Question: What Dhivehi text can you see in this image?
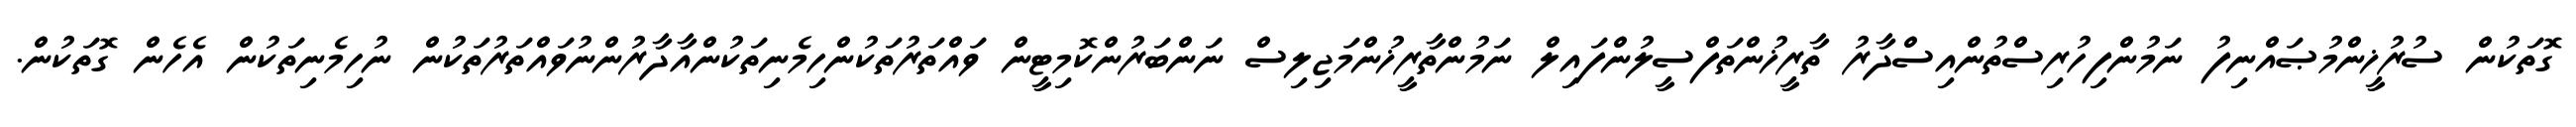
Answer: ގޮތަކުން ސުރުޚީންމުޞައްނިފު ނަމުންފިހުރިސްތުންއިސްދާރު ތާރީޚުންތަފްސީލުންފައިލް ނަމުންތާރީޚުންމަޖިލިސް ނަންބަރުންކޮމިޓީން ވައްތަރުތަކުންހިމެނިތަކުންއާދާރުންނުވައްތަރުތަކުން ނުހިމެނިތަކުން އެހެން ގޮތަކުން.